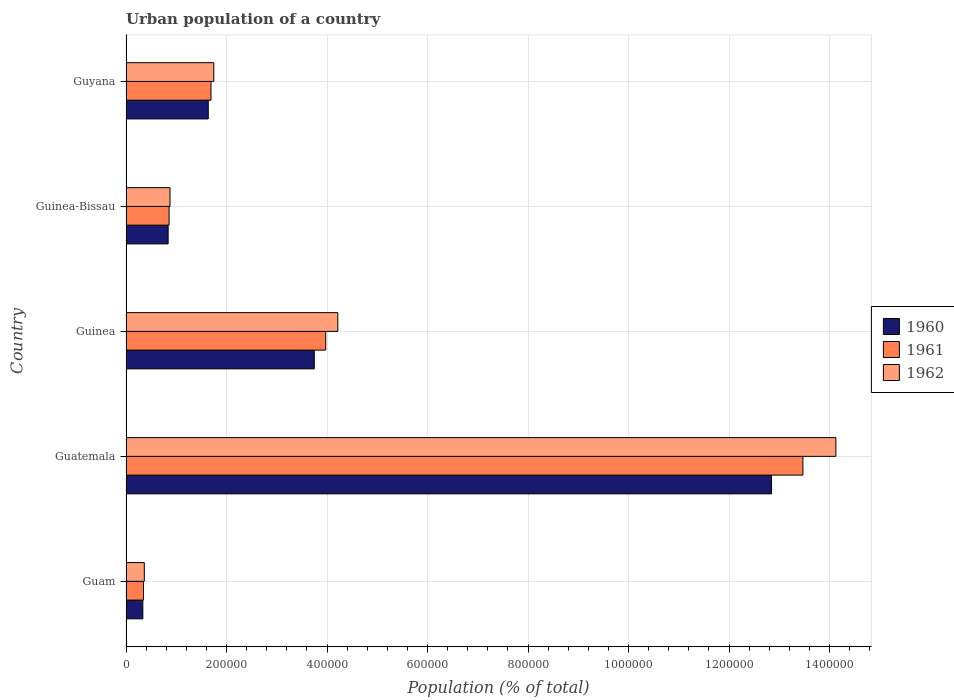
| Country | 1960 | 1961 | 1962 |
 | --- | --- | --- | --- |
 | Guam | 3.35e+04 | 3.49e+04 | 3.64e+04 |
 | Guatemala | 1.28e+06 | 1.35e+06 | 1.41e+06 |
 | Guinea | 3.75e+05 | 3.97e+05 | 4.21e+05 |
 | Guinea-Bissau | 8.38e+04 | 8.57e+04 | 8.75e+04 |
 | Guyana | 1.64e+05 | 1.69e+05 | 1.75e+05 |